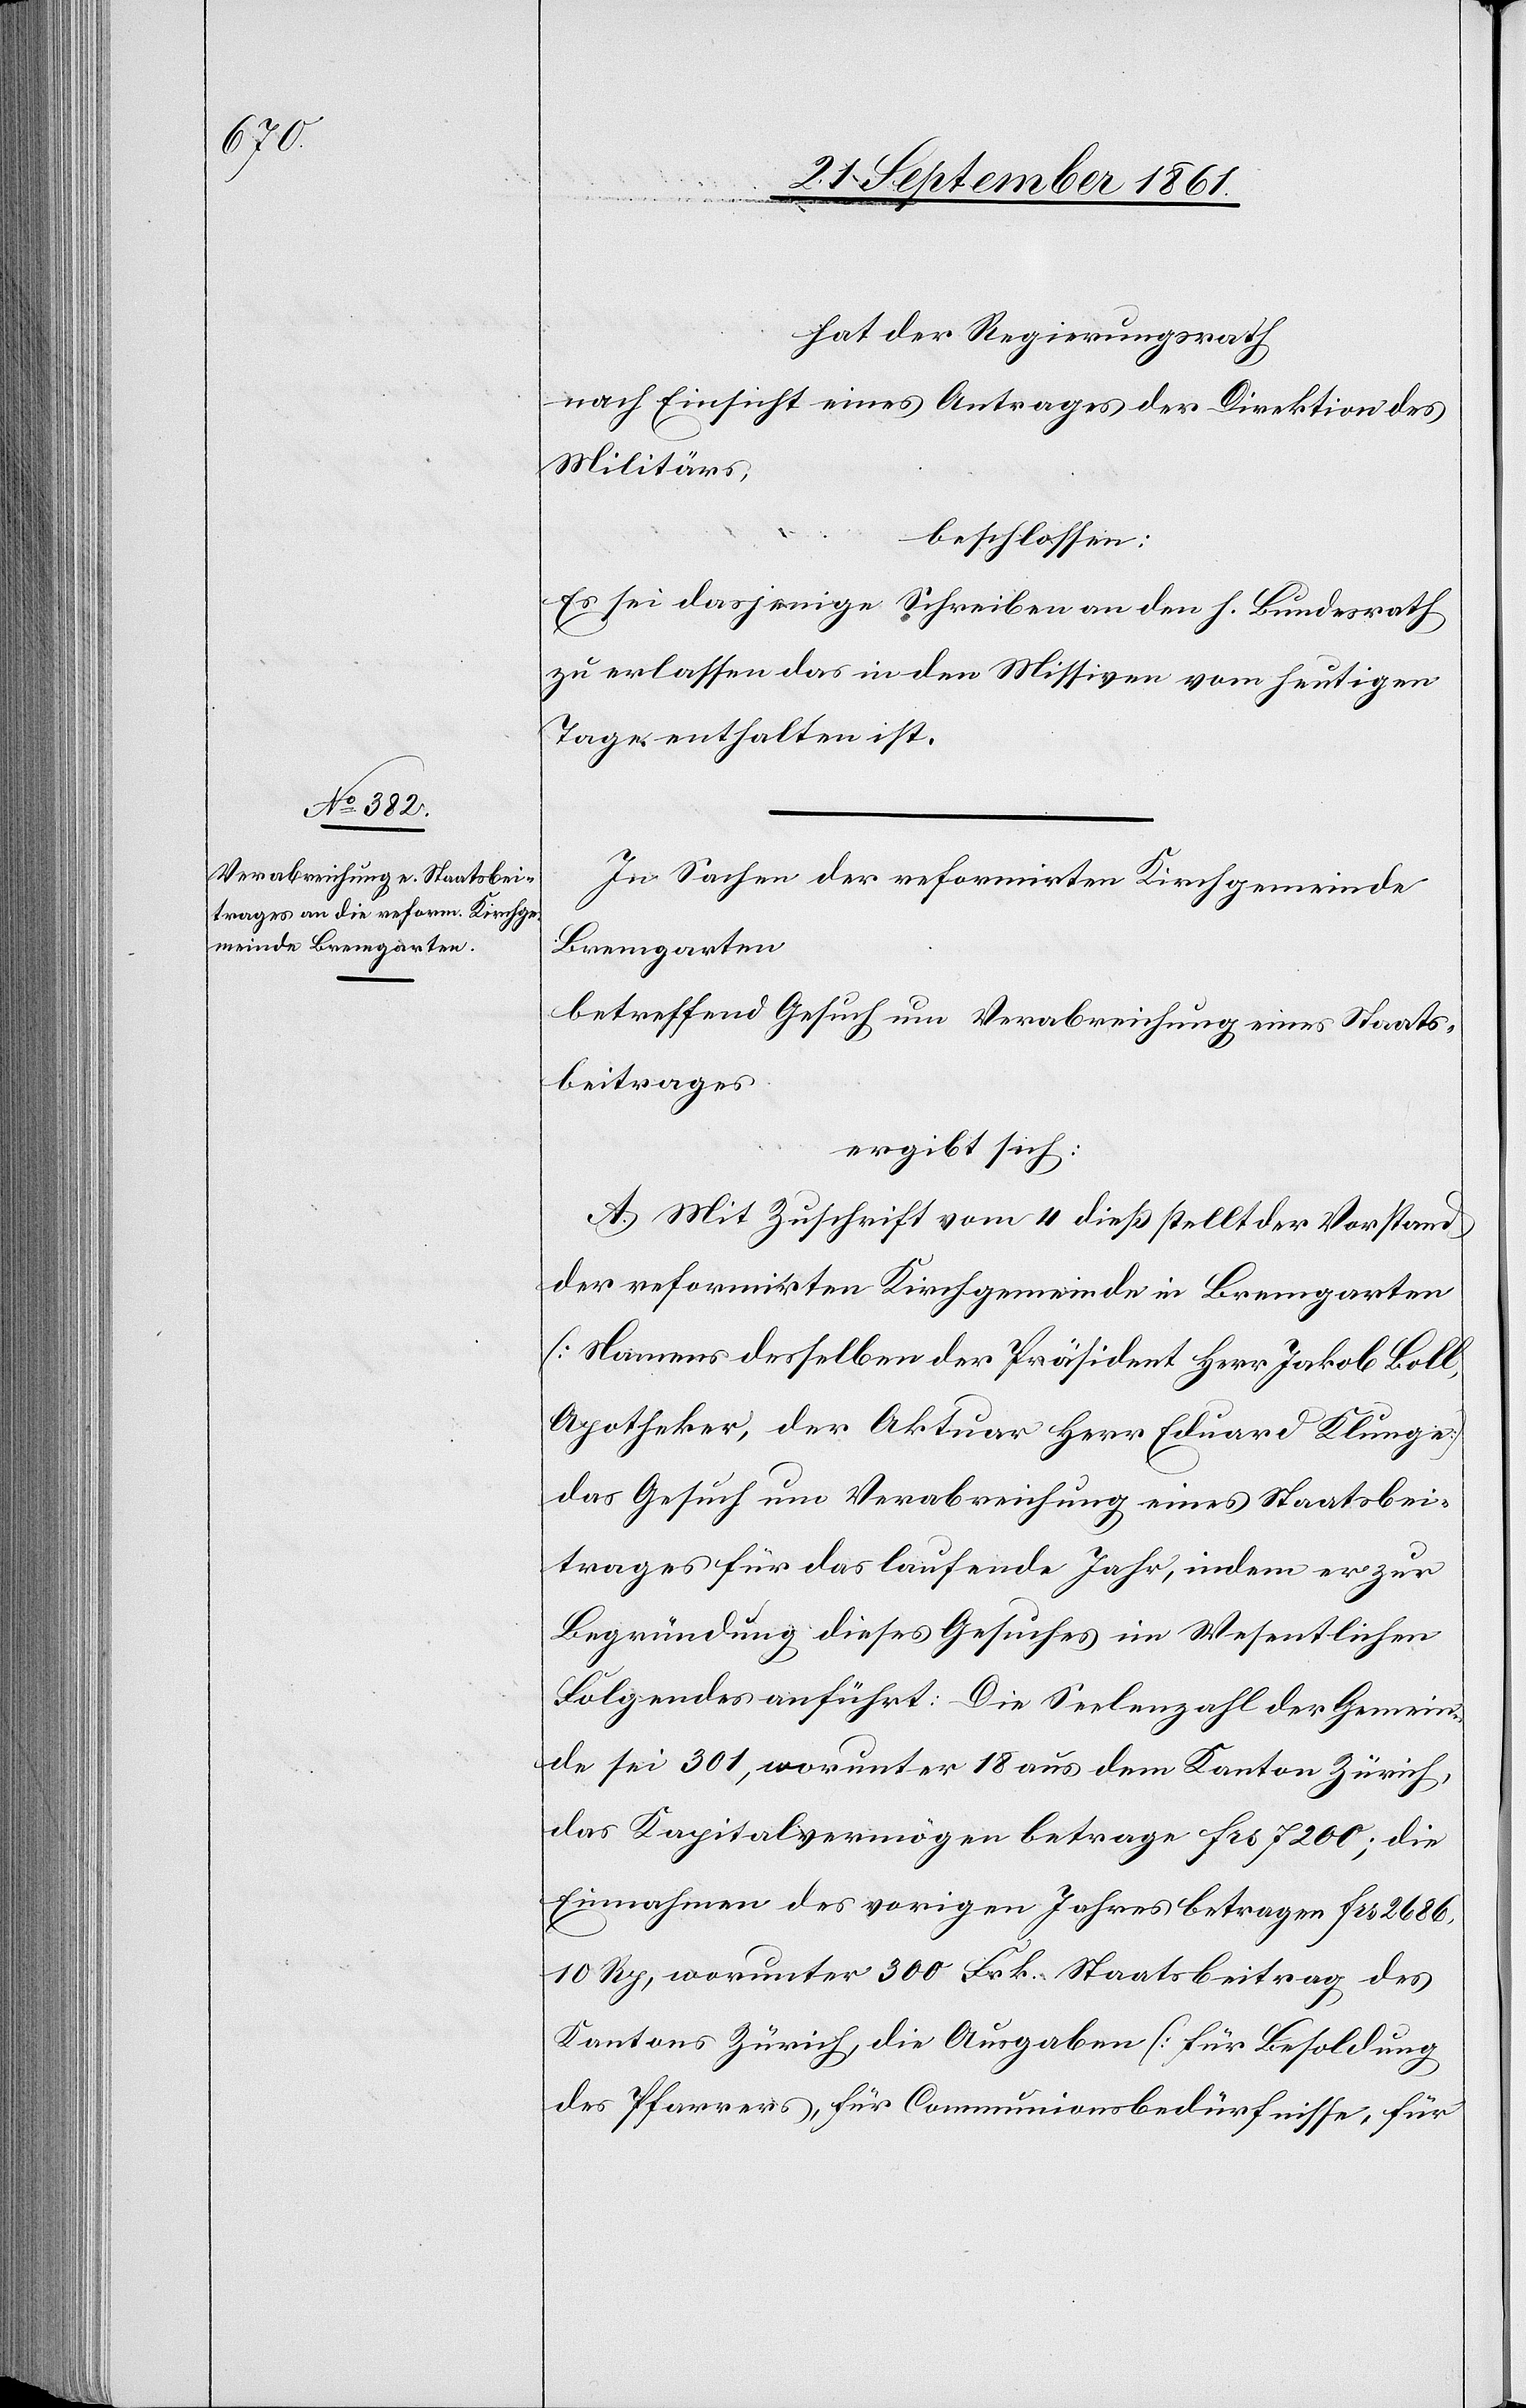
remgarten
hat der Regierungsrath
nach Einsicht eines Antrages der Direktion des
Militärs,
beschlossen:
Es sei dasjenige Schreiben an den H. Bundesrath
zu erlassen das in den Missiven vom heutigen
Tage enthalten ist.
In Sachen der reformirten Kirchgemeinde
Bremgarten
betreffend Gesuch um Verabreichung eines Staats¬
beitrages
ergibt sich:
A. Mit Zuschrift vom 4 dieß stellt der Vorstand
[Namens desselben der Präsident Herr Jakob Boll,
Apotheker, der Aktuar Herr Eduard Klunge]
das Gesuch um Verabreichung eines Staatsbei¬
trages für das laufende Jahr, indem er zur
Begründung dieses Gesuches im Wesentlichen
Folgendes anführt: Die Seelenzahl der Gemein¬
de sei 301, worunter 18 aus dem Kanton Zürich,
das Kapitalsvermögen betrage frs 7200; die
Einnahmen des vorigen Jahres betragen frs 2686,10
Rp., worunter 300 Frk. Staatsbeitrag des
Kantons Zürich, die Ausgaben (für Besoldung
des Pfarrers, für Communionsbedürfnisse, für